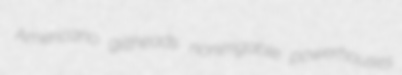
Americano giltheads nonirrigable powerhouses